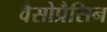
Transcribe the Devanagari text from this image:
वैसोप्रैसिन